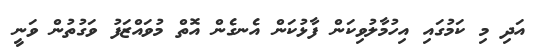
އަދި މި ކަމުގައި އިހުމާލުވިކަން ފާޅުކަން އެނގެން އޮތް މުވައްޒަފު ވަގުތުން ވަނީ